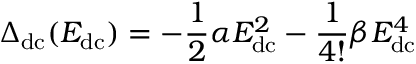
\Delta _ { \mathrm { d c } } ( E _ { \mathrm { d c } } ) = - \frac { 1 } { 2 } \alpha E _ { \mathrm { d c } } ^ { 2 } - \frac { 1 } { 4 ! } \beta E _ { \mathrm { d c } } ^ { 4 }